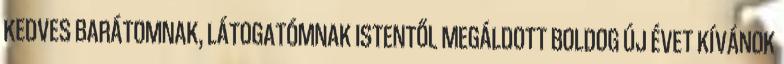
KEDVES BARÁTOMNAK, LÁTOGATÓMNAK ISTENTŐL MEGÁLDOTT BOLDOG ÚJ ÉVET KÍVÁNOK